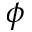
\phi